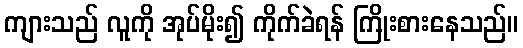
ကျားသည် လူကို အုပ်မိုး၍ ကိုက်ခဲရန် ကြိုးစားနေသည်။